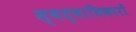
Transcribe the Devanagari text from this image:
स्वत्वाधिकारों